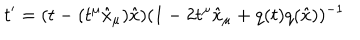
t ^ { \prime } = ( t - ( t ^ { \mu } { \hat { x } } _ { \mu } ) { \hat { x } } ) ( 1 - 2 t ^ { \mu } { \hat { x } } _ { \mu } + q ( t ) q ( { \hat { x } } ) ) ^ { - 1 }